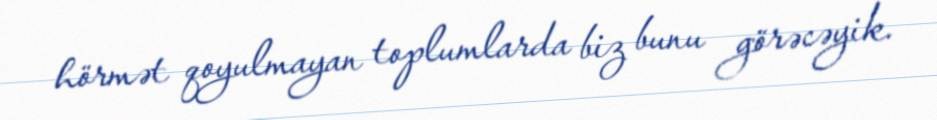
hörmət qoyulmayan toplumlarda biz bunu görəcəyik.